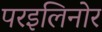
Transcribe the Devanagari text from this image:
परइलिनोर